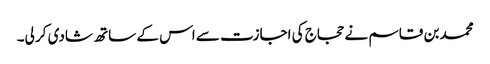
محمد بن قاسم نے حجاج کی اجازت سے اس کے ساتھ شادی کر لی۔